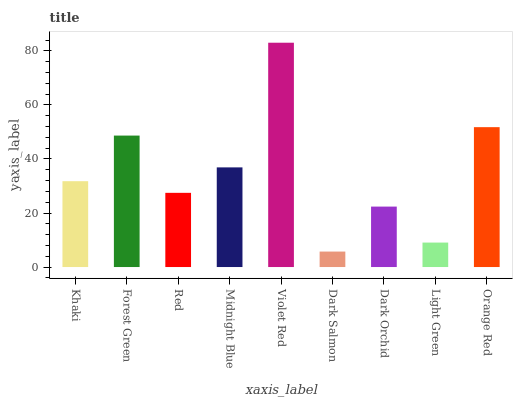
| xaxis_label | bars |
 | --- | --- |
 | Khaki | 31.8 |
 | Forest Green | 48.7 |
 | Red | 27.5 |
 | Midnight Blue | 36.9 |
 | Violet Red | 83 |
 | Dark Salmon | 5.73 |
 | Dark Orchid | 22.4 |
 | Light Green | 9.06 |
 | Orange Red | 51.8 |